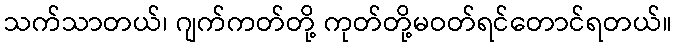
သက်သာတယ်၊ ဂျက်ကတ်တို့ ကုတ်တို့မဝတ်ရင်တောင်ရတယ်။